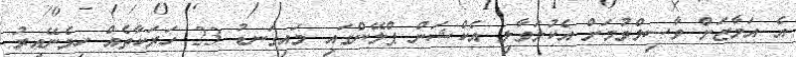
އެ އަމާޒަށް ވާސިލްވުމަށް އެކުލަވާލި އެކްޝަން ޕްލޭންގައި މައިގަނޑު 23 ހަރަކާތެއް ހިމެނޭއިރު